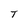
Character: T